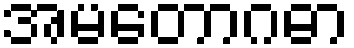
အမတောဂဓာ